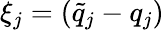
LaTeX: \xi_{j}=(\tilde{q}_{j}-q_{j})